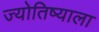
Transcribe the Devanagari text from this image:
ज्योतिष्याला